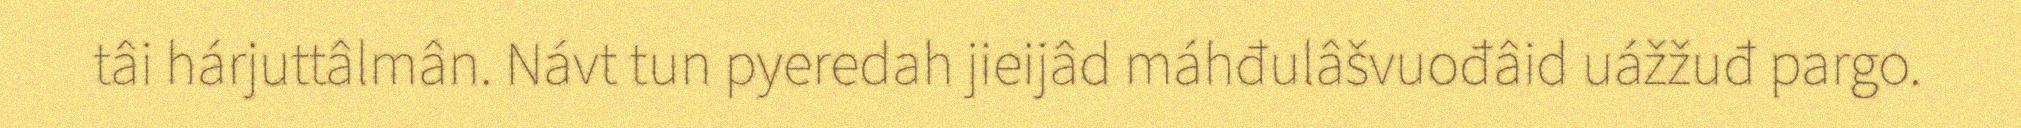
tâi hárjuttâlmân. Návt tun pyeredah jieijâd máhđulâšvuođâid uážžuđ pargo.